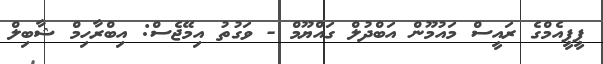
ޕީޕީއެމްގެ ރައީސް މައުމޫން އަބްދުލް ގައްޔޫމް - ވަގުތު އިމޭޖެސް: އިބްރާހިމް ޝާބިލް